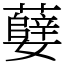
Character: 㜸